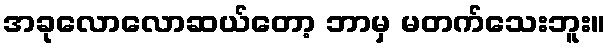
အခုလောလောဆယ်တော့ ဘာမှ မတက်သေးဘူး။